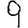
Digit: 9